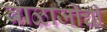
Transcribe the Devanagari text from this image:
बाळाजीची